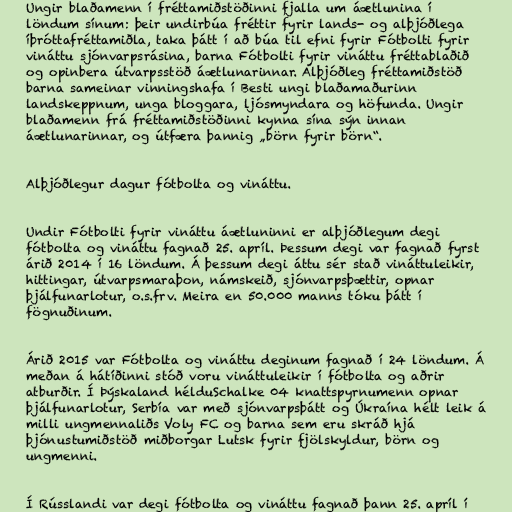
Ungir blaðamenn í fréttamiðstöðinni fjalla um áætlunina í
löndum sínum: þeir undirbúa fréttir fyrir lands- og alþjóðlega
íþróttafréttamiðla, taka þátt í að búa til efni fyrir Fótbolti fyrir
vináttu sjónvarpsrásina, barna Fótbolti fyrir vináttu fréttablaðið
og opinbera útvarpsstöð áætlunarinnar. Alþjóðleg fréttamiðstöð
barna sameinar vinningshafa í Besti ungi blaðamaðurinn
landskeppnum, unga bloggara, ljósmyndara og höfunda. Ungir
blaðamenn frá fréttamiðstöðinni kynna sína sýn innan
áætlunarinnar, og útfæra þannig „börn fyrir börn“.

Alþjóðlegur dagur fótbolta og vináttu.

Undir Fótbolti fyrir vináttu áætluninni er alþjóðlegum degi
fótbolta og vináttu fagnað 25. apríl. Þessum degi var fagnað fyrst
árið 2014 í 16 löndum. Á þessum degi áttu sér stað vináttuleikir,
hittingar, útvarpsmaraþon, námskeið, sjónvarpsþættir, opnar
þjálfunarlotur, o.s.frv. Meira en 50.000 manns tóku þátt í
fögnuðinum.

Árið 2015 var Fótbolta og vináttu deginum fagnað í 24 löndum. Á
meðan á hátíðinni stóð voru vináttuleikir í fótbolta og aðrir
atburðir. Í Þýskaland hélduSchalke 04 knattspyrnumenn opnar
þjálfunarlotur, Serbía var með sjónvarpsþátt og Úkraína hélt leik á
milli ungmennaliðs Voly FC og barna sem eru skráð hjá
þjónustumiðstöð miðborgar Lutsk fyrir fjölskyldur, börn og
ungmenni.

Í Rússlandi var degi fótbolta og vináttu fagnað þann 25. apríl í